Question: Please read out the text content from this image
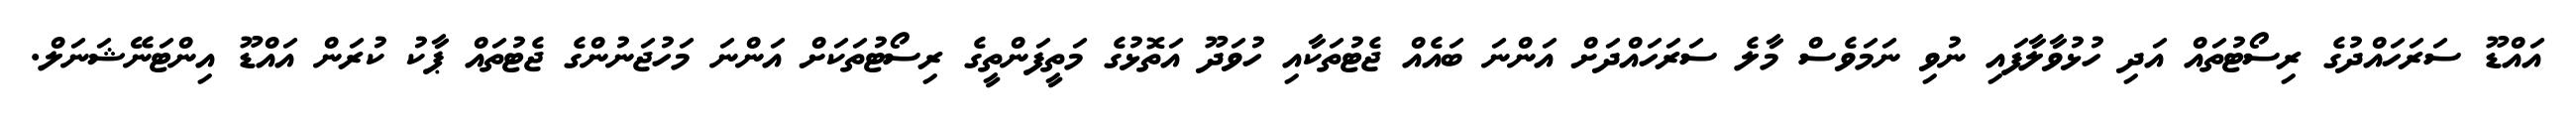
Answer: އައްޑޫ ސަރަހައްދުގެ ރިސޯޓުތައް އަދި ހުޅުވާލާފައި ނުވި ނަމަވެސް މާލެ ސަރަހައްދަށް އަންނަ ބައެއް ޖެޓުތަކާއި ހުވަދޫ އަތޮޅުގެ މަތީފަންތީގެ ރިސޯޓުތަކަށް އަންނަ މަހުޖަނުންގެ ޖެޓުތައް ޕާކު ކުރަން އައްޑޫ އިންޓަނޭޝަނަލް.